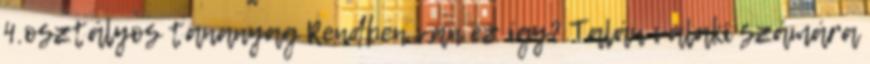
4.osztályos tananyag Rendben van ez így? Talán valaki számára